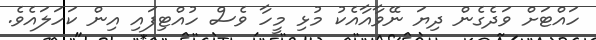
ހައްޓަށް ވަދެގެން ދިޔަ ނޭވާއާއެކު މުޅި މީހާ ވެސް ހުއްޓިފައި އިން ކަހަލައެވެ.